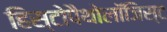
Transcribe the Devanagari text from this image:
हिस्टोपैथोलॉजिस्ट